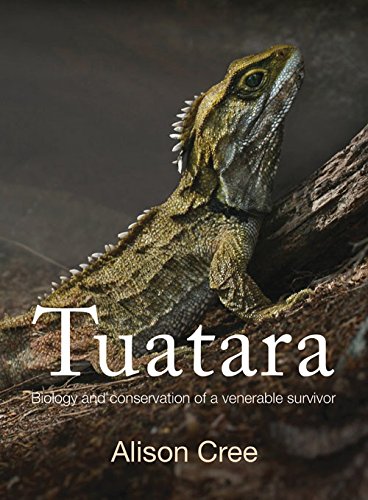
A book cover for Tuatara: Biology and Conservation of a Venerable Survivor; Alison Cree; Science & Math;